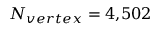
N _ { v e r t e x } = 4 { , } 5 0 2